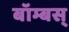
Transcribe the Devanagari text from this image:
बॉम्बस्